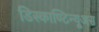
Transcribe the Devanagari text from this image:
डिस्काण्टिन्यूअस